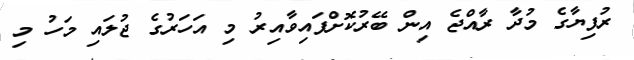
ރުފިޔާގެ މުދާ ރާއްޖެ އިން ބޭރުކޮށްފައިވާއިރު މި އަހަރުގެ ޖުލައި މަހު މި